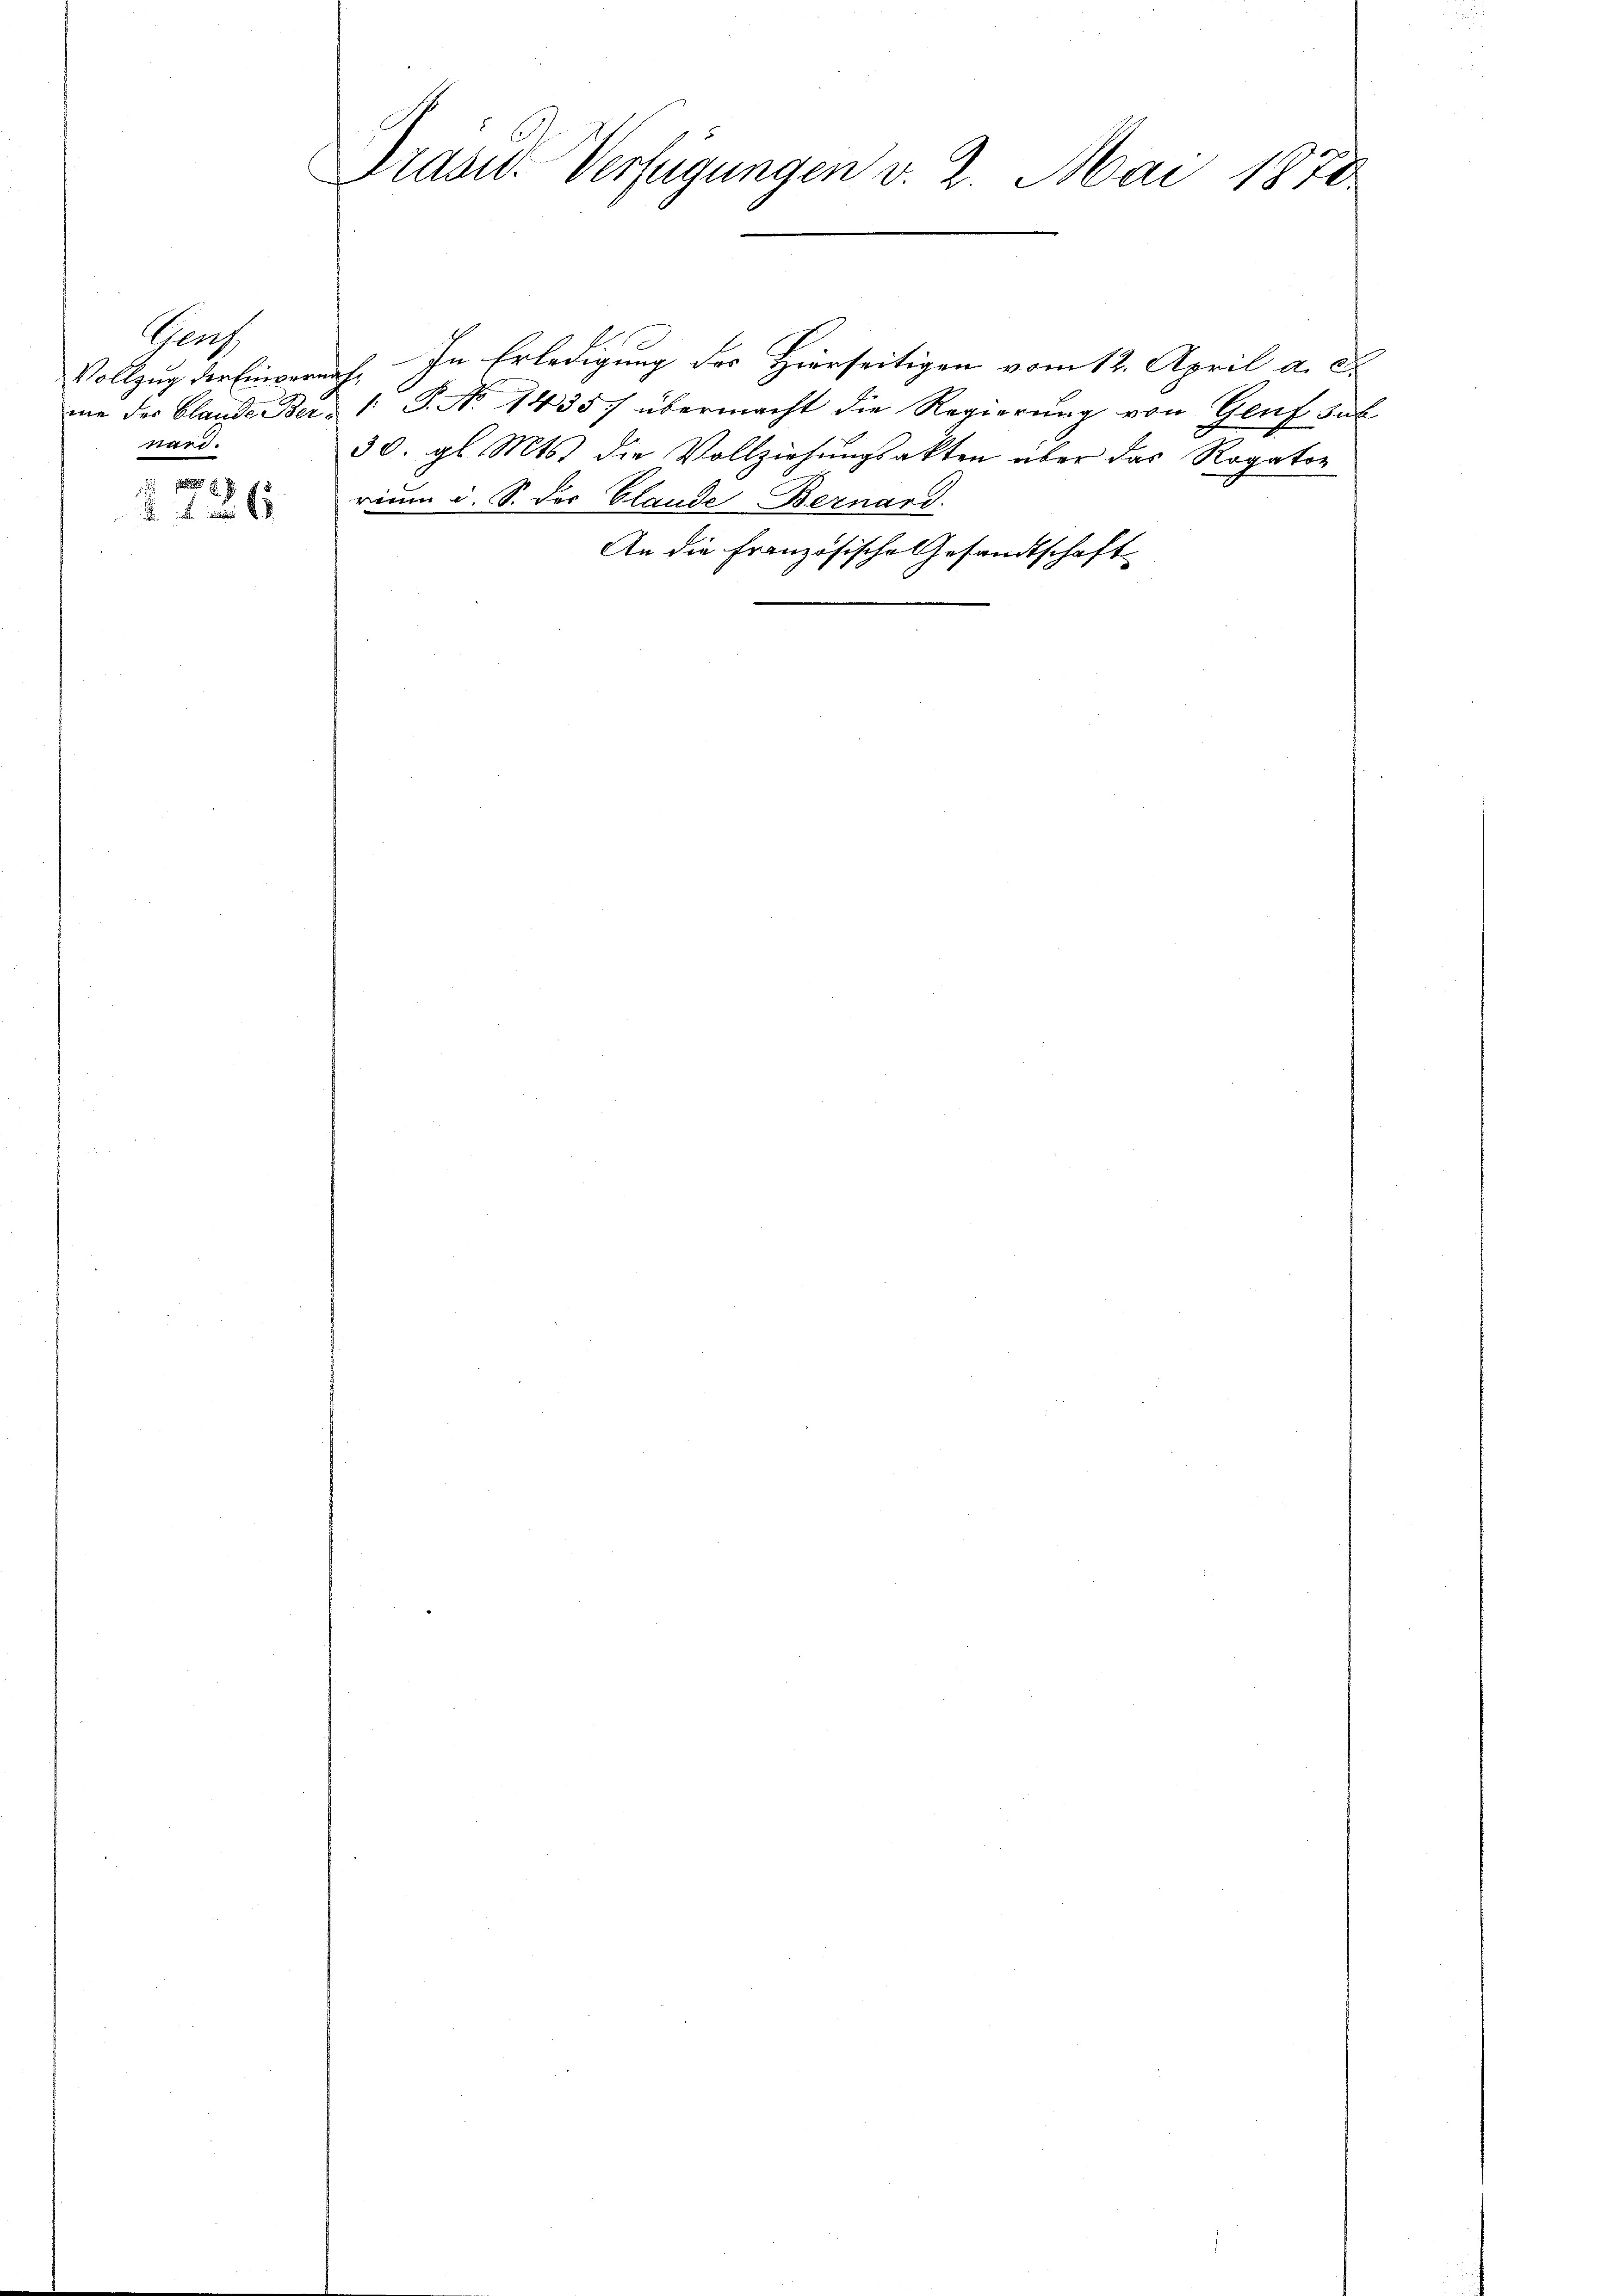
Gers
mie der Blande Beiward.
 12 x

6

Tradit. Verfügungen v. 2. Mai 1878

Vollzug der Eingereich. In Erledigung der Hierseitigen vom 12. April a. c.
. P. No 1435. übermacht die Regierung von Genf sub
30. gl. Mts. die Vollziehungsakten über das Rogator
rium d. S. der Claude Bernard.
An die Französische Gesandtschaft